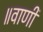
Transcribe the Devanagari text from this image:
॥वाणी